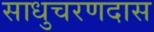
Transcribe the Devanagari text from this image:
साधुचरणदास